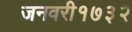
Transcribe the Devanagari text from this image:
जनवरी१७३२